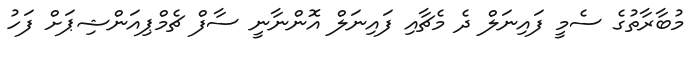
މުބާރާތުގެ ސެމީ ފައިނަލް ދެ މެޗާއި ފައިނަލް އޮންނާނީ ސާފް ޗެމްޕިއަންޝިޕަށް ފަހު